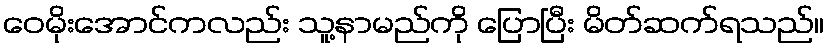
ဝေမိုးအောင်ကလည်း သူ့နာမည်ကို ပြောပြီး မိတ်ဆက်ရသည်။